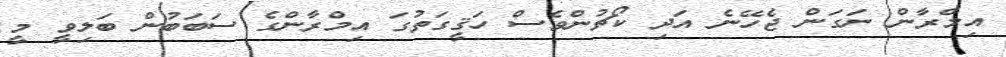
އިމްރާން ނަގަން ޖެހޭނެ އަދި ކޯޗުންވެސް ހަޤީގަތުގަ އިމްރާންގެ ސަބަބުން ބަލިވީ މީ